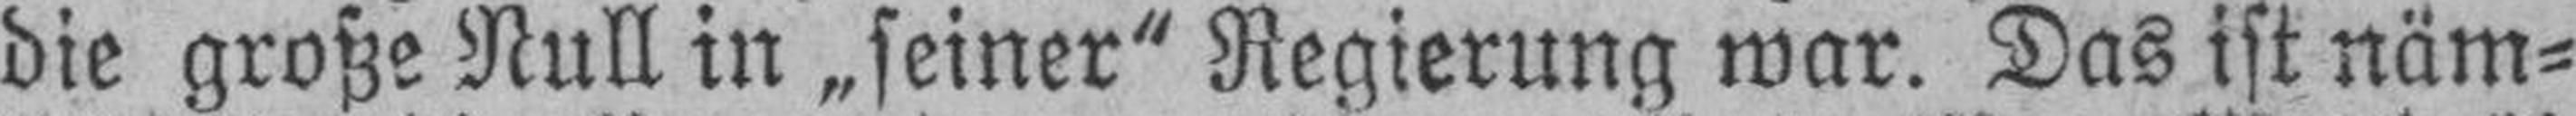
die große Null in „seiner" Regierung war. Das ist näm¬